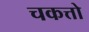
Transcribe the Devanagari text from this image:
चकत्तो